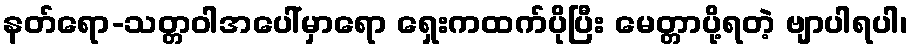
နတ်ရော-သတ္တဝါအပေါ်မှာရော ရှေးကထက်ပိုပြီး မေတ္တာပို့ရတဲ့ ဗျာပါရပါ၊